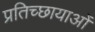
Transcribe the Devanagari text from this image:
प्रतिच्छायाओं